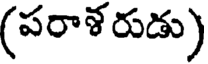
(పరాళ రుడు)